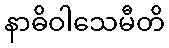
နာဓိဝါသေမီတိ